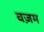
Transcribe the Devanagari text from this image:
वज़म